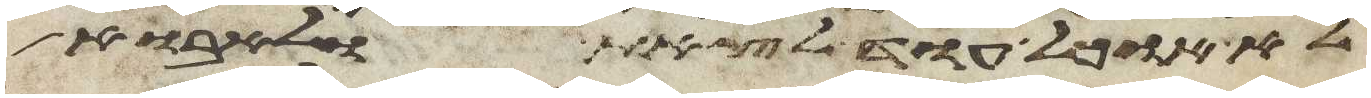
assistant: לא אוכל עוד לצאת ולאבוא